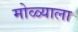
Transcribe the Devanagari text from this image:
मोळ्याला